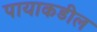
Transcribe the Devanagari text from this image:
पायाकडील